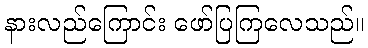
နားလည်ကြောင်း ဖော်ပြကြလေသည်။